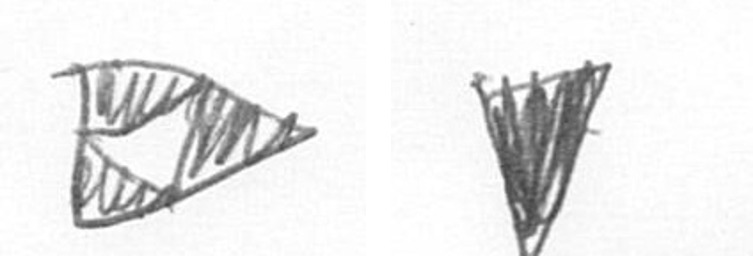
K J